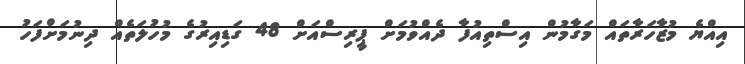
އިއްޔެ މުޒާހަރާތައް މަގާމުން އިސްތިއުފާ ދެއްވުމަށް ޕީރިސްއަށް 48 ގަޑިއިރުގެ މުހުލަތެއް ދިނުމަށްފަހު